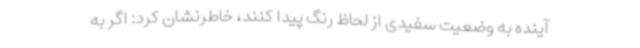
آینده به وضعیت سفیدی از لحاظ رنگ پیدا کنند، خاطرنشان کرد: اگر به